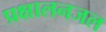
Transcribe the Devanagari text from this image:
प्रक्षालनजल